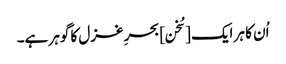
اُن کا ہر ایک [سُخن] بحرِ غزل کا گوہر ہے۔